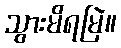
သွားမိရမြဲ။